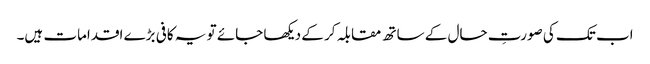
اب تک کی صورتِ حال کے ساتھ مقابلہ کر کے دیکھا جائے تو یہ کافی بڑے اقدامات ہیں۔